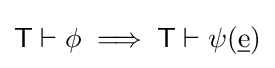
{\mathsf {T}}\vdash \phi \implies {\mathsf {T}}\vdash \psi ({\underline {\mathrm {e} }})